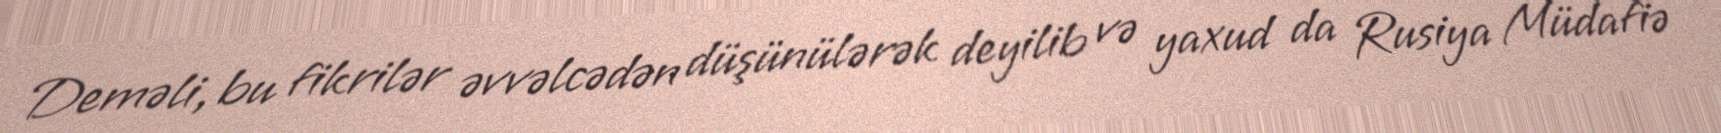
Deməli, bu fikrilər əvvəlcədən düşünülərək deyilib və yaxud da Rusiya Müdafiə